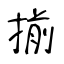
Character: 揃